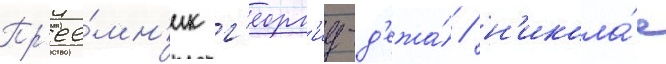
Пр'ее́мн'ик г'еорг'иу-д'ежа́ / н'икола́е